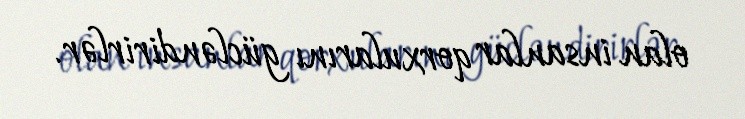
olan insanlar qorxularını gücləndirirlər.